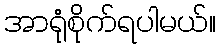
အာရုံစိုက်ရပါမယ်။